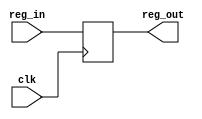
`timescale 1ns / 1ps
//////////////////////////////////////////////////////////////////////////////////
// Company: 
// Engineer: 
// 
// Design Name: 
// Module Name:    Para_REG 
// Project Name: 
// Target Devices: 
// Tool versions: 
// Description: 
//
// Dependencies: 
//
// Revision: 
// Revision 0.01 - File Created
// Additional Comments: 
//
//////////////////////////////////////////////////////////////////////////////////
module Para_REG(clk,reg_in,reg_out);

parameter W=32; 

input clk;
input [W-1:0]reg_in;
output [W-1:0]reg_out;

reg[W-1:0] Reg;


assign reg_out = Reg;

//every posedge assigns input of regsiter to output of register
always@(posedge clk)
	begin
		Reg <= reg_in;
	end

endmodule